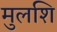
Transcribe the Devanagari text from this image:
मुलशि